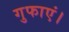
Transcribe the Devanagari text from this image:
गुफाएं।